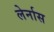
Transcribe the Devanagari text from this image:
लेर्नास